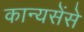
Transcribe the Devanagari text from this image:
कान्यसेंसे